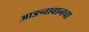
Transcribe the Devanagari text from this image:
आङनावानचा